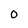
Character: 0